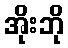
အိုးဘို